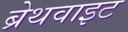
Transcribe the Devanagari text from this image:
ब्रेथवाइट